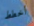
أخطط